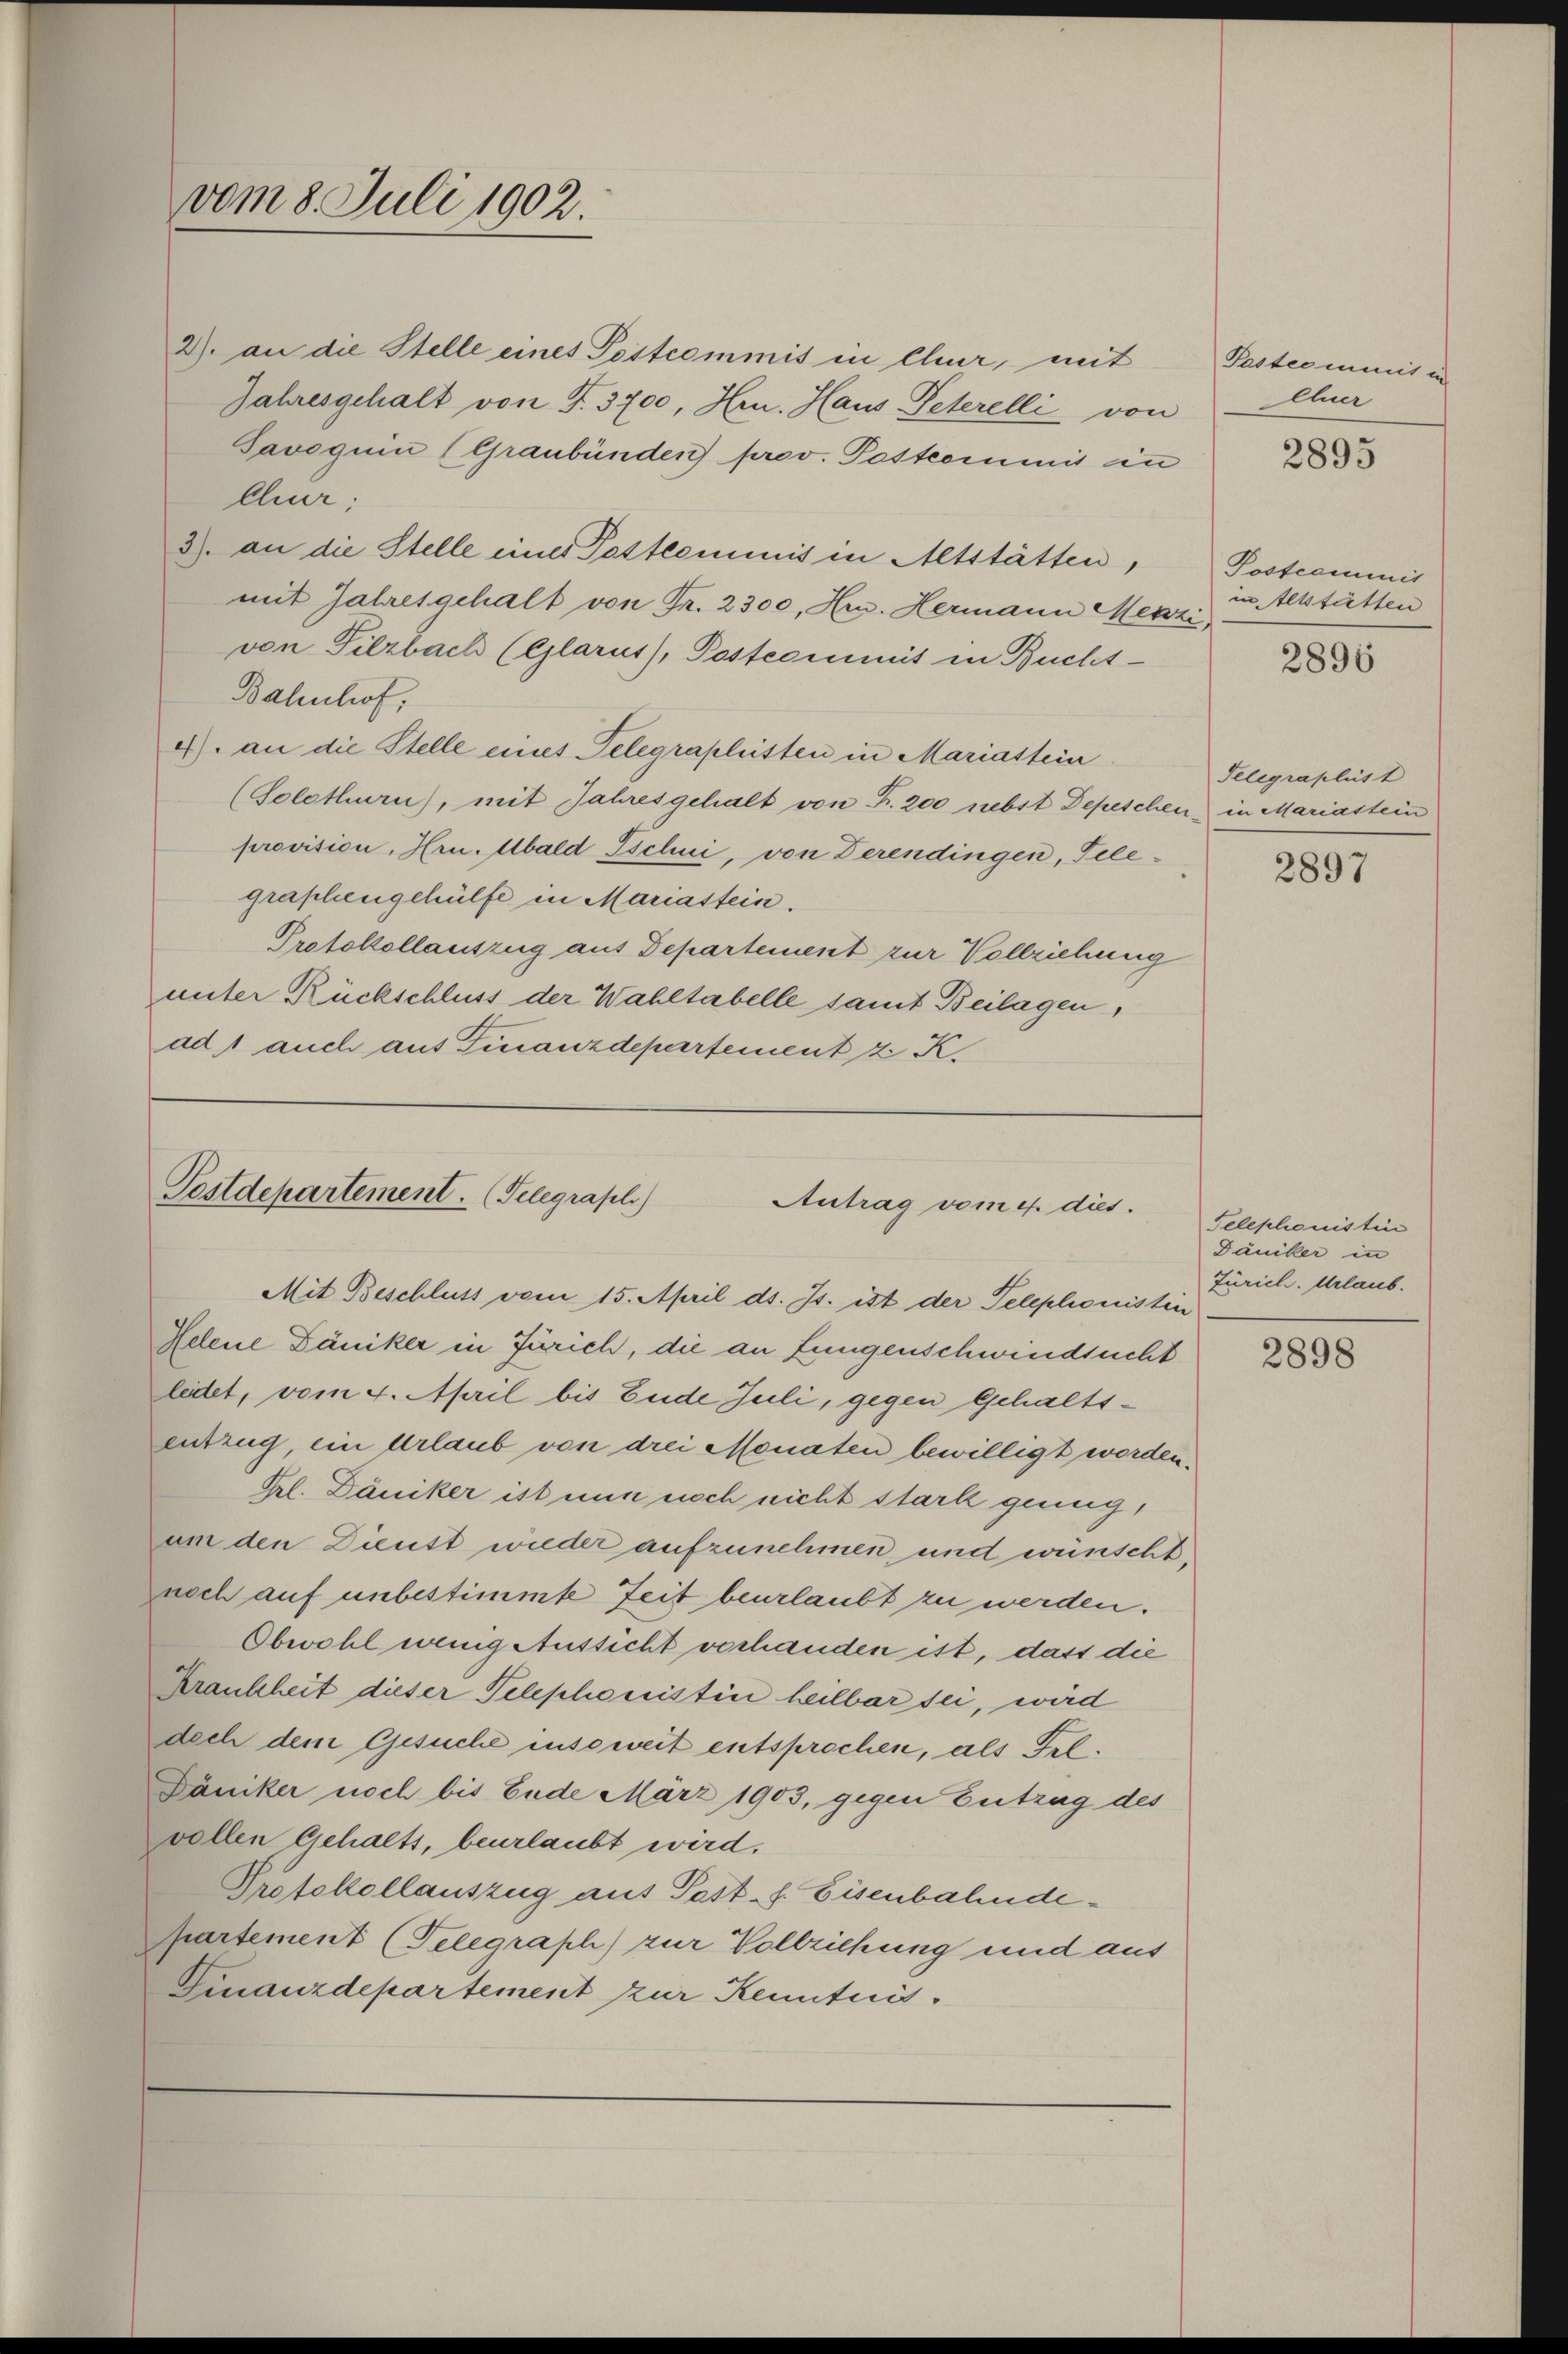
vom 8. Juli 1902.

2) an die Stelle eines Pestcommis in Chur, mit
Jahresgehalt von T. 3700, Hrn. Haus Peterelli von
Savoquin (Graubünden prov. Postcommis in
Chur;
3). an die Stelle einer Pastcominis in Altstätten,
mit Jahresgehalt von Fr. 2300, Hrn. Hermann Menzi,
von Pilzbach (Glarus), Posterimit in Bucht-
Bahnhof,
4) an die Stelle eines Telegraphitten in Mariastein
(Solothurn), mit Jahresgehalt von Fr. 200 nebst Depeschen in Mariastein
provision, Hrn. Ubald Ischni, von Derendingen, Tele-
graphengehülfe in Mariastein.
Protokollauszug aus Departement zur Vollziehung
unter Rückschluss der Wahltabelle samt Beilagen,
ad 1 auch aus Finanzdepartement 2 K.

Testdepartement. Telegrafl.)
Antrag vom et dies.
Mit Beschluss vom 15. April ds. Js. ist der Telephonistin

Helene Däniker in Zürich, die an Lungenschwindsucht
ledet, vom 4. April bis Ende Juli, gegen Gehaltsentzug, ein Urlaub von drei Monaten bewilligt worden.
Frl. Däniker ist nun noch nicht stark genug,
um den Dienst wieder aufzunehmen, und wünscht,
noch auf unbestimmte Zeit beurlaubt zu werden.
Obwohl wenig Aussicht verhanden ist, dass die
Krankheit dieser Telephonistin heilbar sei, wird
doch dem Gesuche insoweit entsprochen, als Frl.
Däniker noch bis Ende März 1903, gegen Entzug des
vollen Gehalts, beurlaubt wird,
Protokollauszug aus Post-s. Eisenbahndepartement (Telegraph) zur Vollziehung und aus
Finanzdepartement zur Kenntnis¬

Pastcommit in
Auer

2895

Postcommit
in Altstätten

2896

Telegraphist

2897

Telephonistin
Däniker in
Zürich. Urlaub.

2898